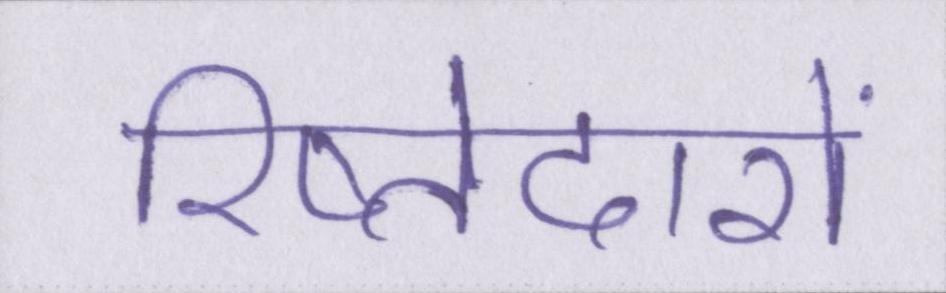
रिष्तेदारों